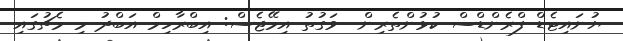
ޔުނައިޓެޑް ފްރެންޑްސް ކުޅުންތެރިން  ވަގުތު އިމޭޖެސް: އިބްރާހިމް އަބްދު މި މެޗުގައި